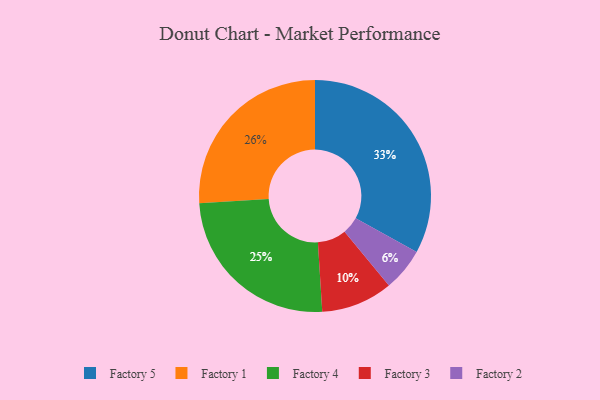
{"axis": {"x": "Category", "y": "Percentage"}, "legend": ["Factory 1", "Factory 2", "Factory 3", "Factory 4", "Factory 5"], "data": [{"x": "Factory 4", "y": 25, "type": "Factory 4"}, {"x": "Factory 1", "y": 26, "type": "Factory 1"}, {"x": "Factory 2", "y": 6, "type": "Factory 2"}, {"x": "Factory 5", "y": 33, "type": "Factory 5"}, {"x": "Factory 3", "y": 10, "type": "Factory 3"}]}